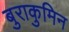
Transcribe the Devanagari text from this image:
बुराकुमिन